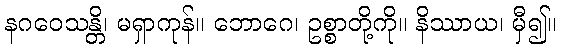
နဂဝေသန္တိ၊ မရှာကုန်။ ဘောဂေ၊ ဥစ္စာတို့ကို။ နိဿာယ၊ မှီ၍။